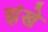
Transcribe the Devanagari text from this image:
झंखे